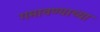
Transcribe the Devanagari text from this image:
गमावण्याच्या